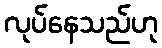
လုပ်နေသည်ဟု